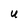
Character: U